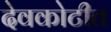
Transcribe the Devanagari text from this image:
देवकोटीत